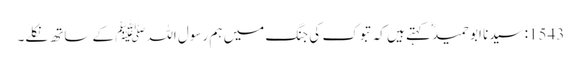
1543: سیدنا ابو حمیدؓ کہتے ہیں کہ تبوک کی جنگ میں ہم رسول اللہﷺ کے ساتھ نکلے۔